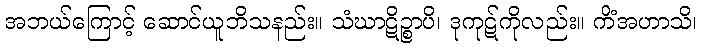
အဘယ်ကြောင့် ဆောင်ယူဘိသနည်း။ သံဃာဋိဉ္စာပိ၊ ဒုကုဋ်ကိုလည်း။ ကိံအဟာသိ၊